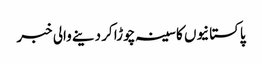
پاکستانیوں کا سینہ چوڑا کر دینے والی خبر